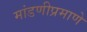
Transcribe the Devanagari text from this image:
मांडणीप्रमाणे